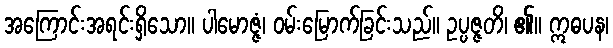
အကြောင်းအရင်းရှိသော။ ပါမောဇ္ဇံ၊ ဝမ်းမြောက်ခြင်းသည်။ ဥပ္ပဇ္ဇတိ၊ ၏။ ဣဓပန၊